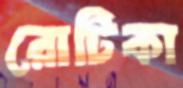
রোটিকা